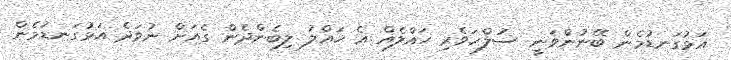
އަޅުގަނޑުމެން ބޭނުންވަނީ ސުލްހަވެރި ހައްލެއް އެ ހައްލު ލިބެންދެން ގެއަށް ނުވަދެ އަޅުގަނޑުމެން